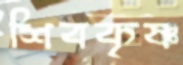
শিবকৃষ্ণ